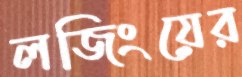
লজিংয়ের